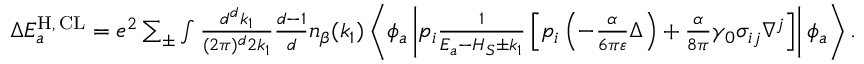
\begin{array} { r } { \Delta E _ { a } ^ { \mathrm { H } , \, \mathrm { C L } } = e ^ { 2 } \sum _ { \pm } \int \frac { d ^ { d } k _ { 1 } } { ( 2 \pi ) ^ { d } 2 k _ { 1 } } \frac { d - 1 } { d } n _ { \beta } ( k _ { 1 } ) \left\langle \phi _ { a } \left| p _ { i } \frac { 1 } { E _ { a } - H _ { S } \pm k _ { 1 } } \left[ p _ { i } \left( - \frac { \alpha } { 6 \pi \varepsilon } \Delta \right) + \frac { \alpha } { 8 \pi } \gamma _ { 0 } \sigma _ { i j } \nabla ^ { j } \right] \right| \phi _ { a } \right\rangle . } \end{array}